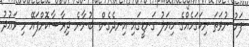
ފަހު ނުވަތަ ނިކަގަހެއްގެ ހިޔަލު ގަނޑީގައި އިނދެގެން. ބުނާނެ ދިރާސާކޮށްފައޭ މި ވަޢުދު